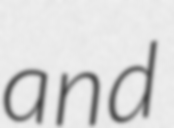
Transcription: and